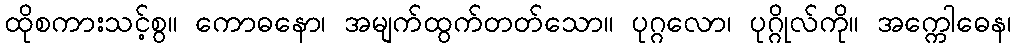
ထိုစကားသင့်စွ။ ကောဓနော၊ အမျက်ထွက်တတ်သော။ ပုဂ္ဂလော၊ ပုဂ္ဂိုလ်ကို။ အက္ကေါဓေန၊